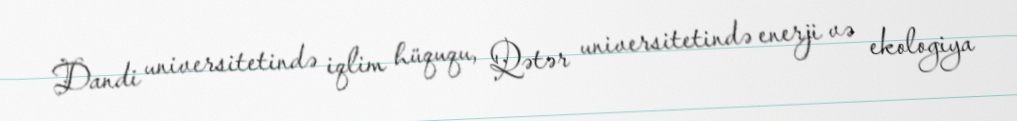
Dandi universitetində iqlim hüququ, Qətər universitetində enerji və ekologiya